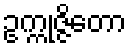
ဥက္ကုဇ္ဇိတော